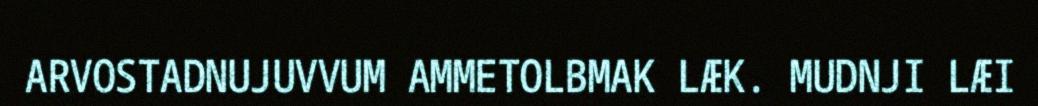
ARVOSTADNUJUVVUM AMMETOLBMAK LÆK. MUDNJI LÆI